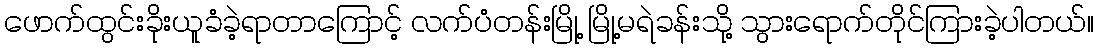
ဖောက်ထွင်းခိုးယူခံခဲ့ရာတာကြောင့် လက်ပံတန်းမြို့ မြို့မရဲခန်းသို့ သွားရောက်တိုင်ကြားခဲ့ပါတယ်။